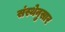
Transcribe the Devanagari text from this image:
संस्थेनुसार